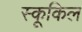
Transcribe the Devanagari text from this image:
स्कूकिल